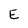
Character: E